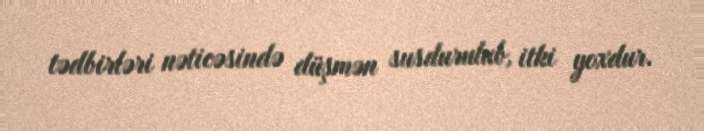
tədbirləri nəticəsində düşmən susdurulub, itki yoxdur.